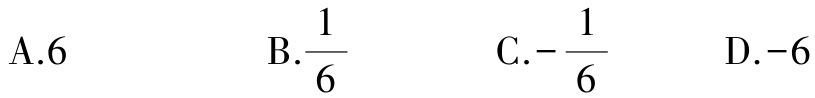
A.6  B.$\frac{1}{6}$  C.$-\frac{1}{6}$  D.-6